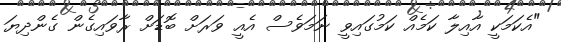
"އެކަމަކީ އާއިލާ ކަމެއް ކަމުގައިވީ ނަމަވެސް އެއީ ވަރަށް ބޮޑަށް ރާވައިގެން ގެންދިޔަ